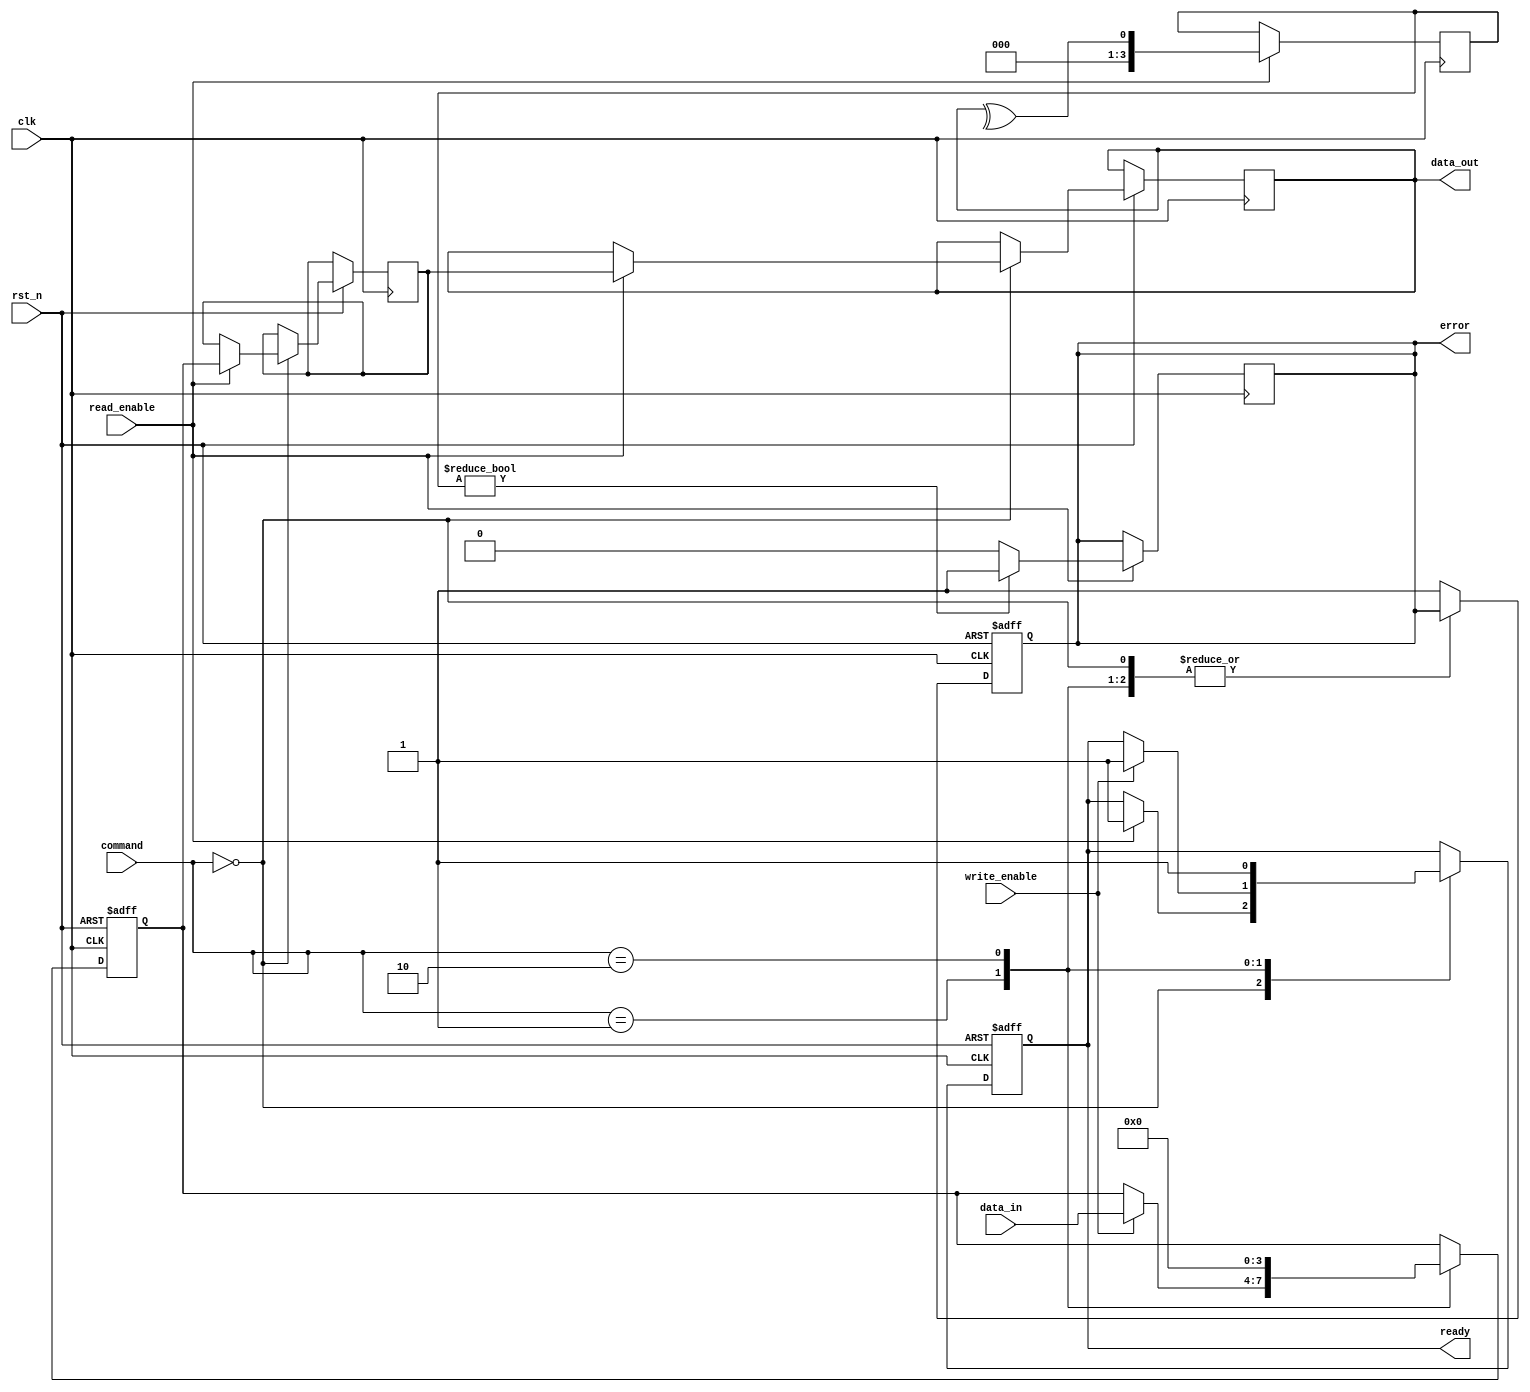
module mlc_nand_io_block (
    input wire clk,                 // Clock signal
    input wire rst_n,               // Active low reset
    input wire [1:0] command,       // Command input: 00 - Read, 01 - Write, 10 - Erase
    input wire [3:0] data_in,       // Data input (4 bits for 2 bits per cell)
    input wire read_enable,          // Read enable signal
    input wire write_enable,         // Write enable signal
    output reg [3:0] data_out,       // Data output
    output reg ready,                // Ready status signal
    output reg error                 // Error status signal
);

    // Internal signals
    reg [3:0] data_latch;           // Data latch
    reg [1:0] voltage_level;         // Voltage level representation
    reg [3:0] sense_amplifier_out;   // Sense amplifier output
    reg [3:0] error_correction_code; // ECC logic output

    // Control Logic
    always @(posedge clk or negedge rst_n) begin
        if (!rst_n) begin
            data_latch <= 4'b0000;
            ready <= 1'b0;
            error <= 1'b0;
        end else begin
            case (command)
                2'b00: begin // Read operation
                    if (read_enable) begin
                        // Simulate sense amplifier operation
                        sense_amplifier_out <= data_latch; // Read data from latch
                        data_out <= sense_amplifier_out;    // Output data
                        ready <= 1'b1;                      // Set ready signal
                    end
                end

                2'b01: begin // Write operation
                    if (write_enable) begin
                        data_latch <= data_in;            // Capture input data
                        // Simulate voltage level setting
                        voltage_level <= data_in[1:0];    // Example mapping to voltage levels
                        ready <= 1'b1;                      // Set ready signal
                    end
                end

                2'b10: begin // Erase operation
                    data_latch <= 4'b0000;              // Clear data latch
                    ready <= 1'b1;                      // Set ready signal
                end

                default: begin
                    error <= 1'b1;                     // Set error signal on invalid command
                end
            endcase
        end
    end

    // Error Correction Logic (simplified)
    always @(posedge clk) begin
        if (read_enable) begin
            // Example ECC operation (parity check)
            error_correction_code <= ^data_out; // Simple parity for error checking
            if (error_correction_code) begin
                error <= 1'b1;                   // Set error if parity fails
            end else begin
                error <= 1'b0;                   // Clear error
            end
        end
    end

endmodule